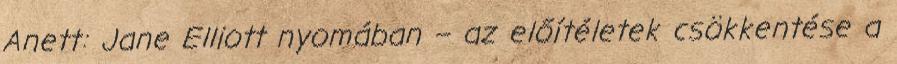
Anett: Jane Elliott nyomában – az előítéletek csökkentése a